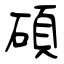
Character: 碩